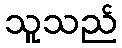
သူသည်